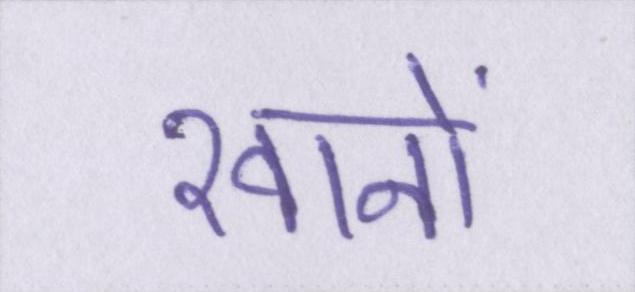
खानों